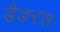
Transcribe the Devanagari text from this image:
डैङरस